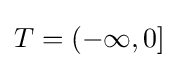
T=(-\infty ,0]